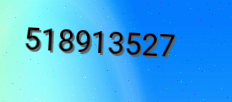
518913527